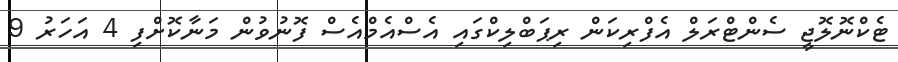
ޓެކްނޮލޮޖީ ސެންޓްރަލް އެފްރިކަން ރިޕަބްލިކްގައި އެސްއެމްއެސް ފޮނުވުން މަނާކޮށްފި 4 އަހަރު 9